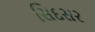
સિદસર